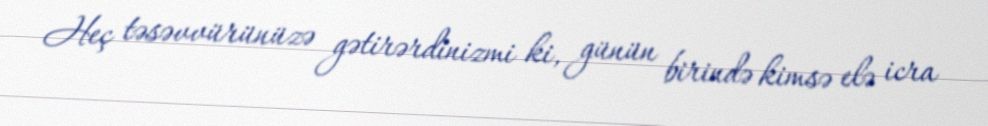
Heç təsəvvürünüzə gətirərdinizmi ki, günün birində kimsə elə icra